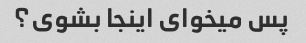
پس میخوای اینجا بشوی؟